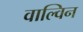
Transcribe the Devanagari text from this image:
वाल्विन